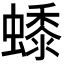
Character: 𧑓